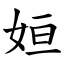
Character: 姮